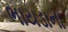
ભાયડાના